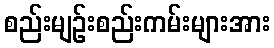
စည်းမျဉ်းစည်းကမ်းများအား